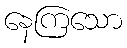
နေကြသော